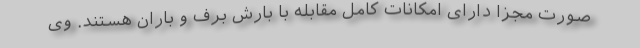
صورت مجزا دارای امکانات کامل مقابله با بارش برف و باران هستند. وی